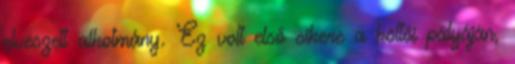
elveszett alkotmány. Ez volt első sikere a költői pályáján,